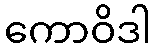
ကောဝိဒါ